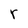
Character: r